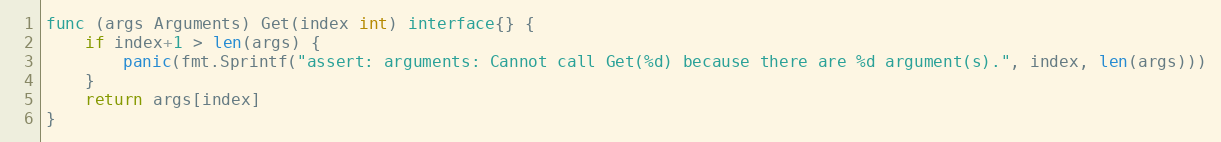
Language: Go
func (args Arguments) Get(index int) interface{} {
	if index+1 > len(args) {
		panic(fmt.Sprintf("assert: arguments: Cannot call Get(%d) because there are %d argument(s).", index, len(args)))
	}
	return args[index]
}